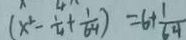
( x ^ { 2 } - \frac { 1 } { 4 } + \frac { 1 } { 6 4 } ) = 6 + \frac { 1 } { 6 4 }